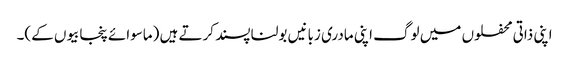
اپنی ذاتی محفلوں میں لوگ اپنی مادری زبانیں بولنا پسند کرتے ہیں (ماسوائے پنجابیوں کے)۔